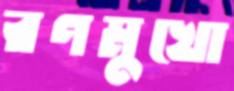
রণমুখো